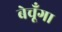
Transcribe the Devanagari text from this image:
बेचूँगा